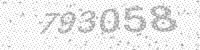
Solution: 793058